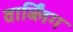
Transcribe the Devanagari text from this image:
वार्ब्लिंग